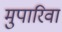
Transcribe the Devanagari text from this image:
मुपारिवा